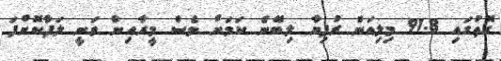
ގޮތުގައި 91.8 މިލިއަން ރުފިޔާ ލިބޭނެ ކަމަށް ވެސް މީރާއިން ވަނީ ލަފާކޮށްފަ